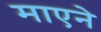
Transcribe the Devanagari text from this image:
माएने